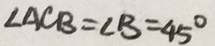
\angle A C B = \angle B = 4 5 ^ { \circ }